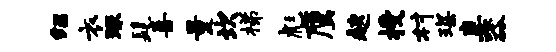
绍衣琢髦喜量坎梯彪鹰趑授村琛妻器